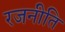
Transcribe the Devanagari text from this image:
रजनीति